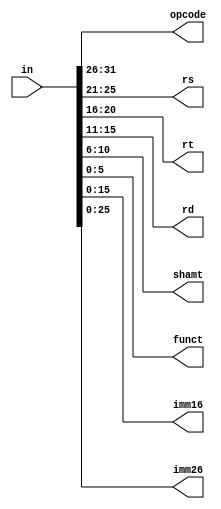
`timescale 1ns / 1ps
module splitter(
    input [31:0] in,
    output [5:0] opcode,
    output [4:0] rs,
    output [4:0] rt,
    output [4:0] rd,
    output [4:0] shamt,
    output [5:0] funct,
    output [15:0] imm16,
    output [25:0] imm26
    );
	 assign opcode = {in[31:26]};
	 assign rs = {in[25:21]};
	 assign rt = {in[20:16]};
	 assign rd = {in[15:11]};
	 assign shamt = {in[10:6]};
	 assign funct = {in[5:0]};
	 assign imm16 = {in[15:0]};
	 assign imm26 = {in[25:0]};


endmodule